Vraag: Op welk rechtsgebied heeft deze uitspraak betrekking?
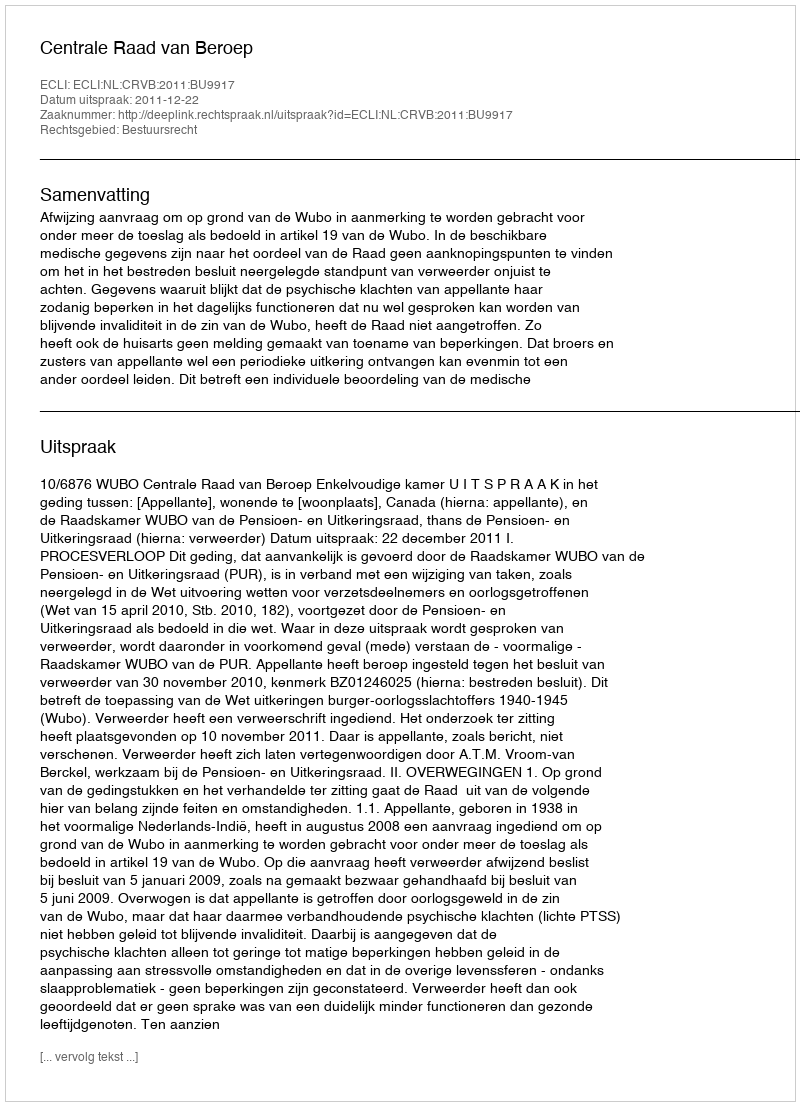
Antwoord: Bestuursrecht